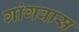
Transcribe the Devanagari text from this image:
गांगवास